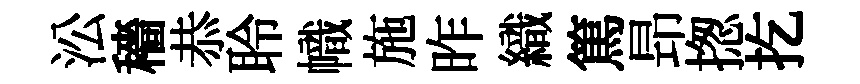
㳂穡恭聆幟施昨織篤昻揔扢